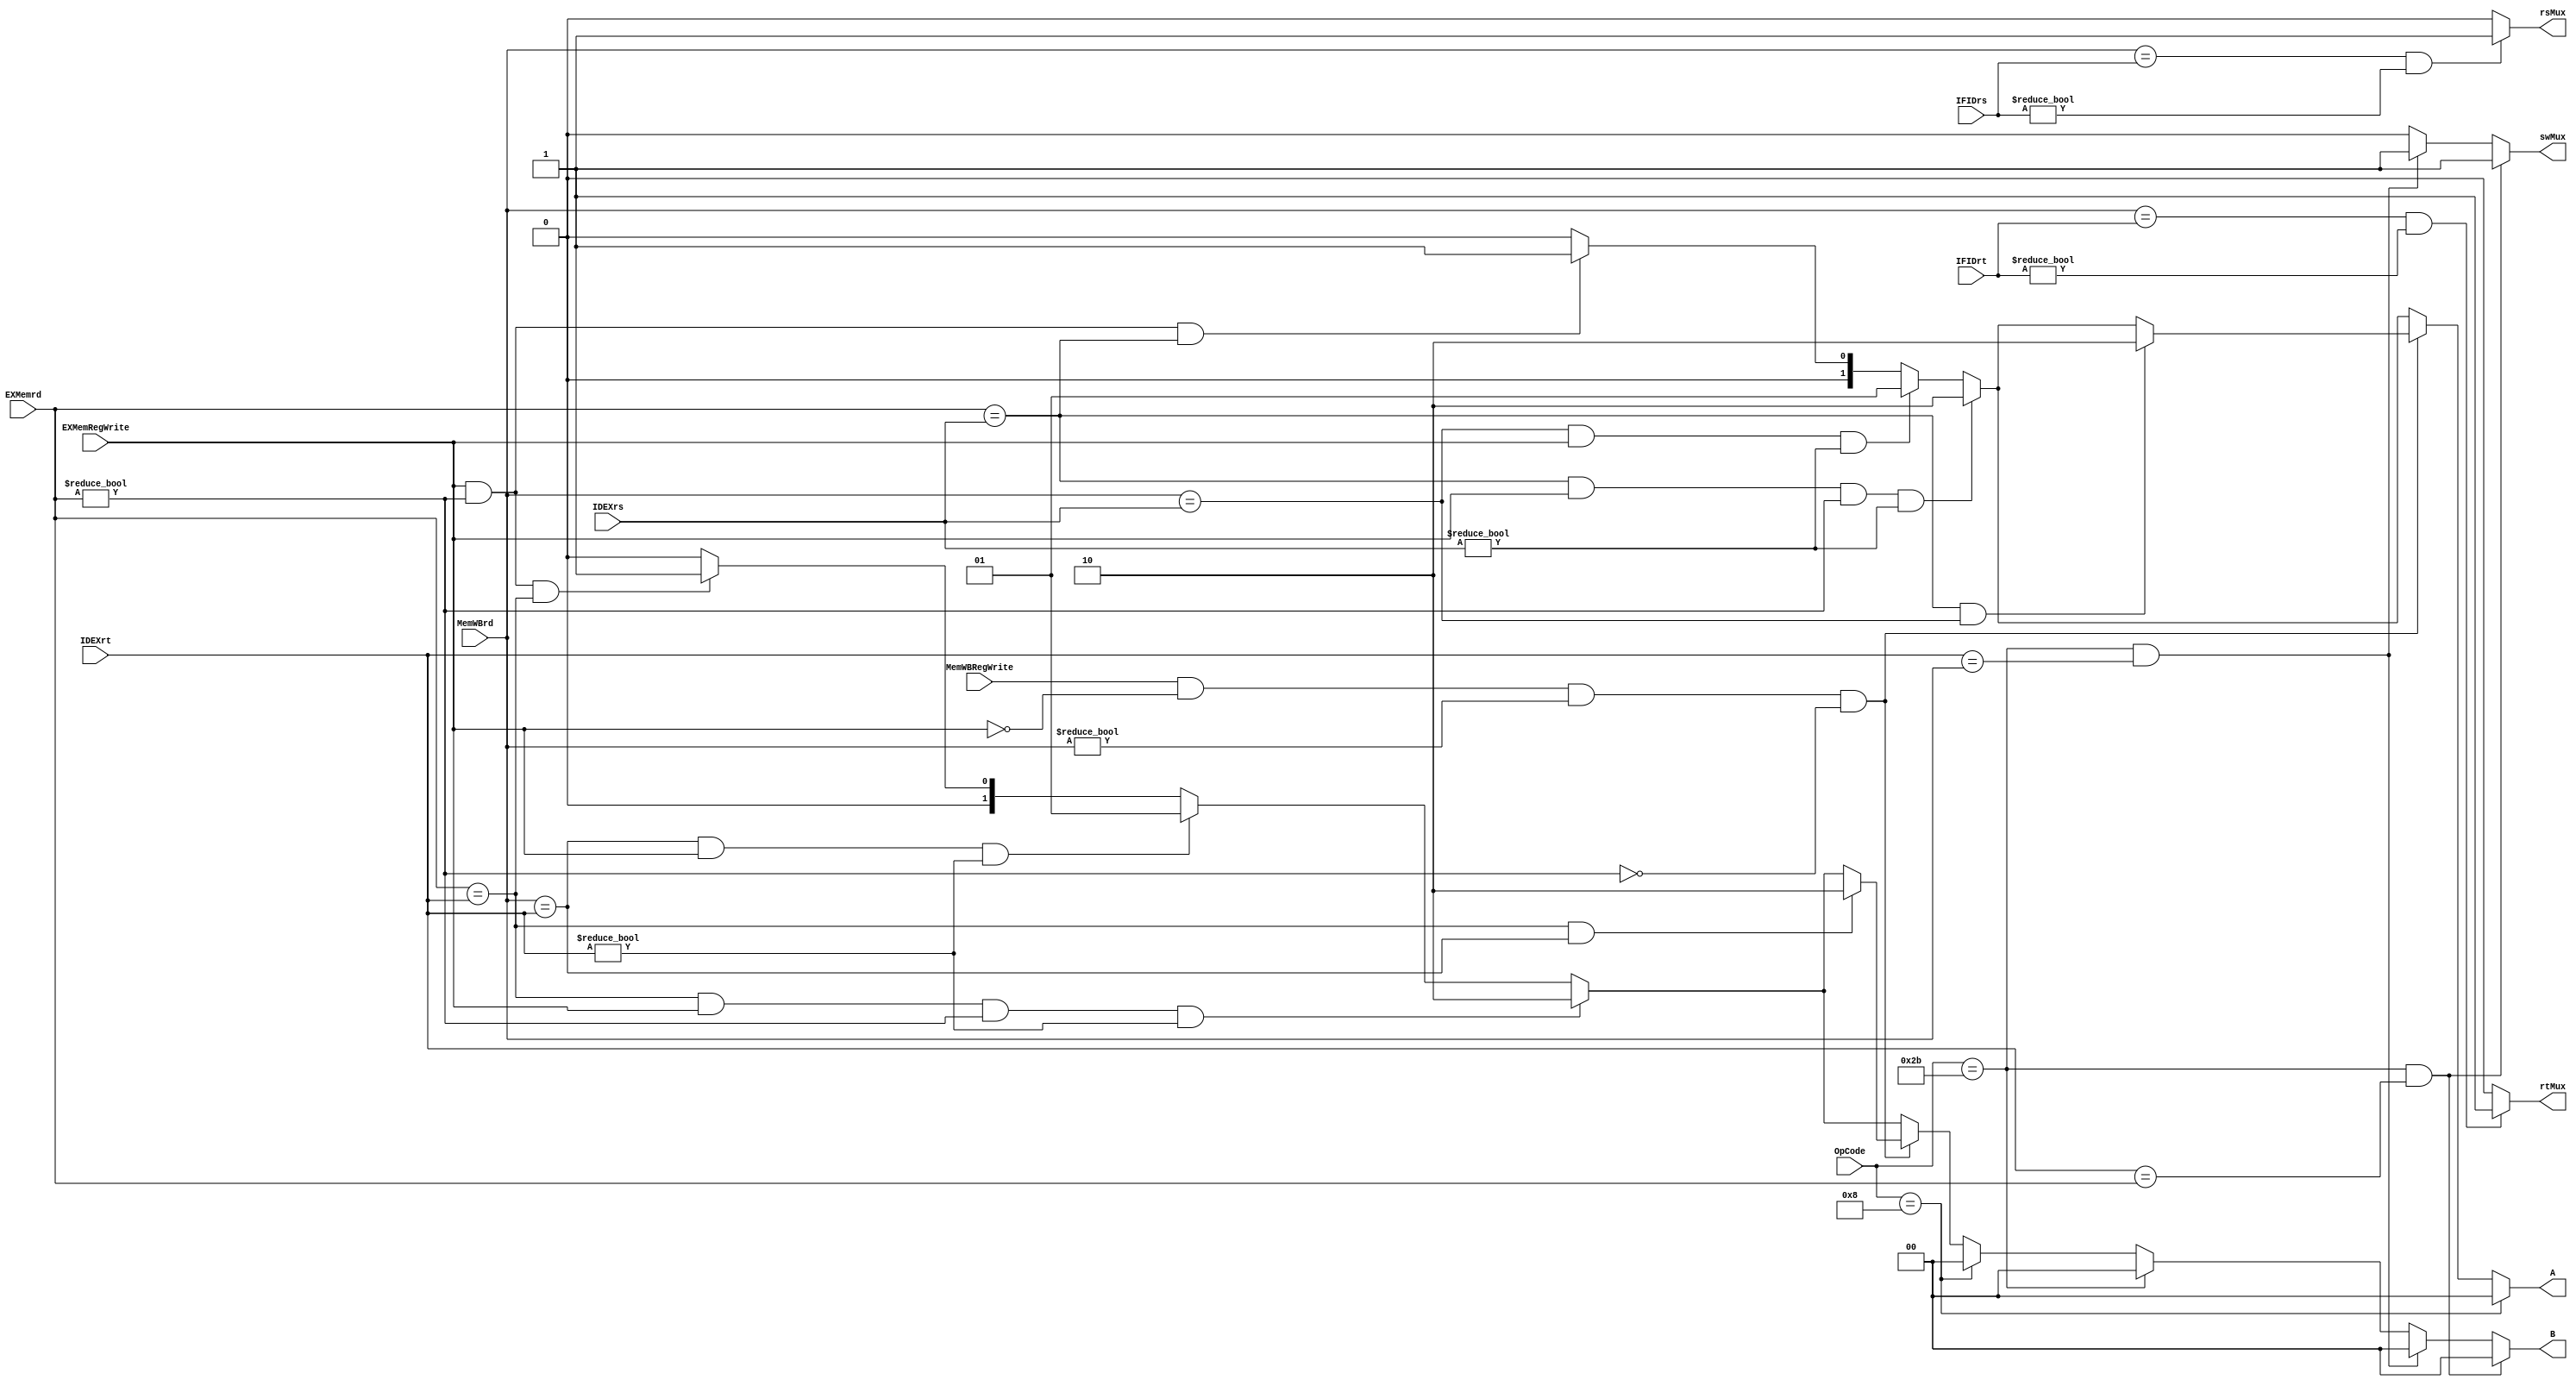
`timescale 1ns / 1ps
//////////////////////////////////////////////////////////////////////////////////
// Company: 
// Engineer: 
// 
// Design Name: 
// Module Name: DataForwarding
// Project Name: 
// Target Devices: 
// Tool Versions: 
// Description: 
// 
// Dependencies: 
// 
// Revision:
// Revision 0.01 - File Created
// Additional Comments:
// 
//////////////////////////////////////////////////////////////////////////////////


module DataForwarding(OpCode, A, B, MemWBrd, MemWBRegWrite, 
EXMemrd, EXMemRegWrite, IDEXrt, IDEXrs, IFIDrt, IFIDrs, rsMux, rtMux, swMux);

input [4:0] MemWBrd;
input [4:0] EXMemrd;
input [4:0] IDEXrt;
input [4:0] IDEXrs;
input [4:0] IFIDrt;
input [4:0] IFIDrs;
input [5:0] OpCode;
input MemWBRegWrite;
input EXMemRegWrite;

output reg [1:0] A;
output reg [1:0] B;
output reg rsMux;
output reg rtMux;
output reg swMux;

always @(*) begin

swMux = 1'b0;
rsMux = 1'b0;
rtMux = 1'b0;
A = 2'b00;
B = 2'b00;


if((EXMemRegWrite) && (EXMemrd != 5'b00000) && (EXMemrd == IDEXrt)) begin
    B = 2'b01;
end
if((EXMemRegWrite) && (EXMemrd != 5'b00000) && (EXMemrd == IDEXrs)) begin
    A = 2'b01;
end

if((MemWBrd == IDEXrs) && (EXMemRegWrite)&& (IDEXrs != 5'b00000)) begin
     A = 2'b01;
end
if((MemWBrd == IDEXrt) && (EXMemRegWrite)&& (IDEXrt != 5'b00000)) begin
     B = 2'b01;
end

if((EXMemrd == IDEXrs) && (EXMemRegWrite) && (EXMemrd != 5'b00000) && (IDEXrs != 5'b00000)) begin
     A = 2'b10;
end
if((EXMemrd == IDEXrt) && (EXMemRegWrite) && (EXMemrd != 5'b00000) && (IDEXrt != 5'b00000)) begin
     B = 2'b10;
end

if((MemWBRegWrite) && !(EXMemRegWrite) && (MemWBrd != 5'b00000) && !(EXMemrd != 5'b00000)) begin
    if((EXMemrd == IDEXrt) && (MemWBrd == IDEXrt)) begin
        B = 2'b10;
    end
    if((EXMemrd == IDEXrs) && (MemWBrd == IDEXrs)) begin
        A = 2'b10;
    end
end

if((MemWBrd == IFIDrs) && (IFIDrs != 5'b00000))begin
    rsMux = 1'b1;
end

if((MemWBrd == IFIDrt) && (IFIDrt != 5'b00000)) begin
    rtMux = 1'b1;
end


if(OpCode == 6'b001000)begin
    A = 2'b00;
    B = 2'b00;
end

if(OpCode == 6'b101011)begin
    B = 2'b00;
end

if((OpCode == 6'b101011) && (IDEXrt == MemWBrd))begin
    B = 2'b00;
    swMux = 1'b1;
end

if((OpCode == 6'b101011) && (IDEXrt == EXMemrd))begin
    B = 2'b00;
    swMux = 1'b1;
end




//if((EXMemRegWrite) && (EXMemrd != 5'b00000) && (EXMemrd == IDEXrs) && (MemWBrd != IDEXrs))begin
//    A = 2'b10;
//end
//if((EXMemRegWrite) && (EXMemrd != 5'b00000) && (EXMemrd == IDEXrt) && (MemWBrd != IDEXrt))begin
//    B = 2'b10;
//end


//if((MemWBRegWrite) && (MemWBrd != 6'b000000) && (EXMemrd != IFIDrs) && (MemWBrd == IFIDrs)&& (MemWBrd != IDEXrs))begin
//    rsMux = 1;
//end
//if((MemWBRegWrite) && (MemWBrd != 6'b000000) && (EXMemrd != IFIDrt) && (MemWBrd == IFIDrt) && (MemWBrd != IDEXrt))begin
//    rsMux = 1;
//end




end

endmodule